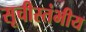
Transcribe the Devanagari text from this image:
सूचीस्तंभीय